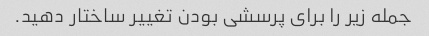
جمله زیر را برای پرسشی بودن تغییر ساختار دهید.